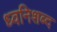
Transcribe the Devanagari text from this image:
ध्वनिशब्द